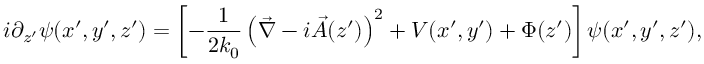
i \partial _ { z ^ { \prime } } \psi ( x ^ { \prime } , y ^ { \prime } , z ^ { \prime } ) = \left[ - \frac { 1 } { 2 k _ { 0 } } \left( \vec { \nabla } - i \vec { A } ( z ^ { \prime } ) \right) ^ { 2 } + V ( x ^ { \prime } , y ^ { \prime } ) + \Phi ( z ^ { \prime } ) \right] \psi ( x ^ { \prime } , y ^ { \prime } , z ^ { \prime } ) ,